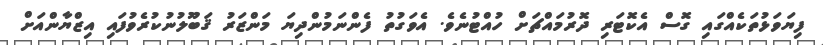
ފިޔަވަޅުތަކެއްގައި ގޮސް އެކޮޓަރި ދޮރުމައްޗަށް ހުއްޓުނެވެ. އެވަގުތު ފެންނަމުންދިޔަ މަންޒަރު ޤަބޫލުނުކުރެވުފައި އިޒްޔާންއަށް